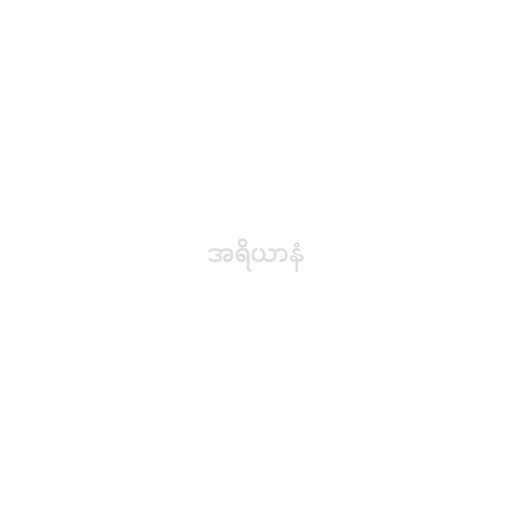
အရိယာနံ